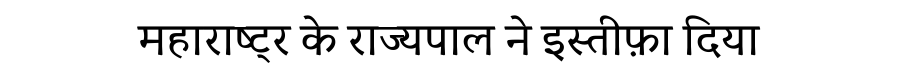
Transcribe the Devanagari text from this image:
महाराष्ट्र के राज्यपाल ने इस्तीफ़ा दिया